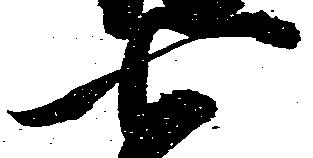
七